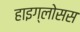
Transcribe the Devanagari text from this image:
हाइग्लोसस